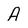
Character: A